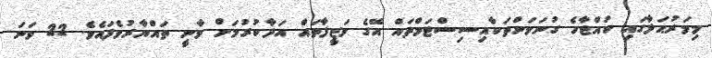
މިމަރުޙަލާގައި ކުއްޖާހެ ގުނަވަންތަކާއިސިސްޓަމްތައް އޭގެ ވަޒީފާތައް އަދާކުރުމަށް ވާނީ ތައްޔާރުވެފައެވެ. 22 ވަނަ